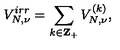
V _ { N , \nu } ^ { i r r } = \sum _ { k \in { \bf Z } _ { + } } V _ { N , \nu } ^ { ( k ) } ,